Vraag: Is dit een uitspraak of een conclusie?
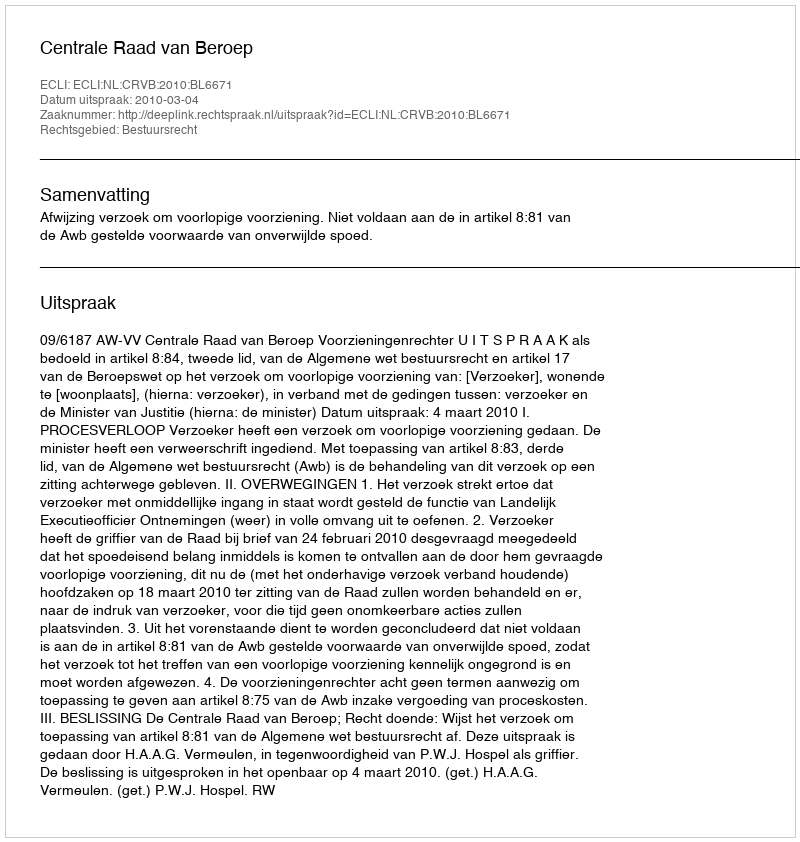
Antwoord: Uitspraak